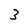
Character: 3